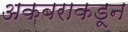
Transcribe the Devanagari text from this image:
अकबराकडून